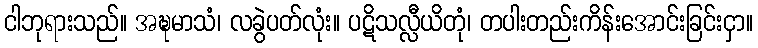
ငါဘုရားသည်။ အဍ္ဎမာသံ၊ လခွဲပတ်လုံး။ ပဋိသလ္လီယိတုံ၊ တပါးတည်းကိန်းအောင်းခြင်းငှာ။